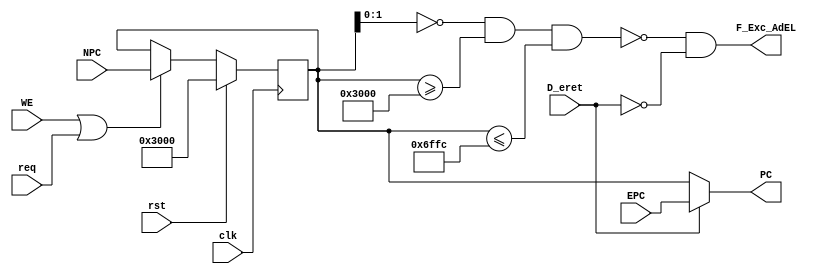
module PC (
    input wire req,
    input wire D_eret,
    input wire [31:0] EPC,
    output wire F_Exc_AdEL,

    input wire clk,
    input wire rst,
    input wire WE,
    input wire [31:0] NPC,
    output wire [31:0] PC
);
    /*
        Program Counter
        Address space: 0x00003000-0x00006FFF
    */
    initial begin
        temp_PC = 32'h00003000;
    end

    assign F_Exc_AdEL = !(
        temp_PC[1:0] == 2'b00 && temp_PC >= 32'h00003000 && temp_PC <= 32'h00006ffc 
    ) && !D_eret;

    assign PC = D_eret ? EPC : temp_PC;

    reg [31:0] temp_PC;
    always @(posedge clk) begin
        if (rst) begin
            temp_PC <= 32'h00003000;
        end 
        else if (WE | req) begin
            temp_PC <= NPC;
        end
    end
endmodule